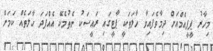
މިހާރު ޕީޕީއެމްއަށް ދިމާވެފައިވާ ހާލަތަކީ ޕާޓީގައި ރައީސަކު ނެތުމެކޭ އެއްފަދަ ހާލަތެއް ކަމަށް